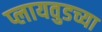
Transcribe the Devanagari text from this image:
प्लायवुडच्या